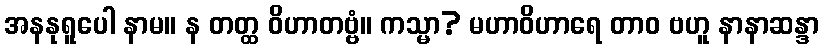
အနနုရူပေါ နာမ။ န တတ္ထ ဝိဟာတဗ္ဗံ။ ကသ္မာ? မဟာဝိဟာရေ တာဝ ဗဟူ နာနာဆန္ဒာ